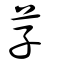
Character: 芓